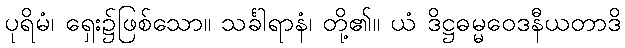
ပုရိမံ၊ ရှေး၌ဖြစ်သော။ သင်္ခါရာနံ၊ တို့၏။ ယံ ဒိဋ္ဌဓမ္မဝေဒနီယတာဒိ